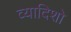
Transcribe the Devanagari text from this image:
व्यादिशो